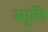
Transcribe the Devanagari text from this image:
स्मृत्ति